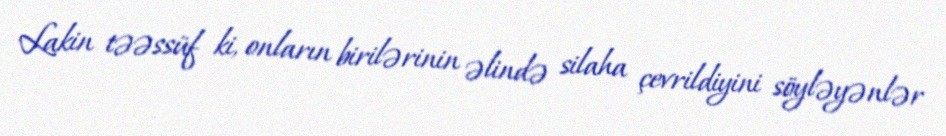
Lakin təəssüf ki, onların birilərinin əlində silaha çevrildiyini söyləyənlər